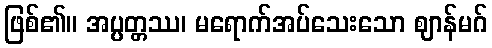
ဖြစ်၏။ အပ္ပတ္တဿ၊ မရောက်အပ်သေးသော ဈာန်မဂ်